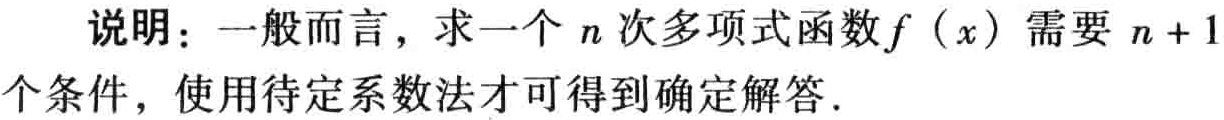
说明：一般而言，求一个 \(n\) 次多项式函数\(f(x)\)需要 \(n + 1\) 个条件，使用待定系数法才可得到确定解答.